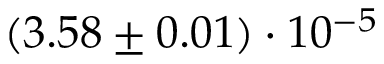
( 3 . 5 8 \pm 0 . 0 1 ) \cdot 1 0 ^ { - 5 }